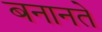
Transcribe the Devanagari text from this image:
बनानते